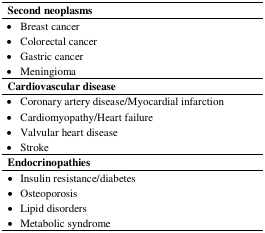
<table><thead><tr><td><b>Second neoplasms</b></td></tr></thead><tbody><tr><td>● Breast cancer</td></tr><tr><td>● Colorectal cancer</td></tr><tr><td>● Gastric cancer</td></tr><tr><td>● Meningioma</td></tr><tr><td><b>Cardiovascular disease</b></td></tr><tr><td>● Coronary artery disease/Myocardial infarction</td></tr><tr><td>● Cardiomyopathy/Heart failure</td></tr><tr><td>● Valvular heart disease</td></tr><tr><td>● Stroke</td></tr><tr><td><b>Endocrinopathies</b></td></tr><tr><td>● Insulin resistance/diabetes</td></tr><tr><td>● Osteoporosis</td></tr><tr><td>● Lipid disorders</td></tr><tr><td>● Metabolic syndrome</td></tr></tbody></table>